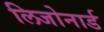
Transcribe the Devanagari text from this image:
लिजोनार्ड